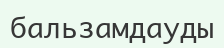
бальзамдауды